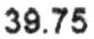
39.75